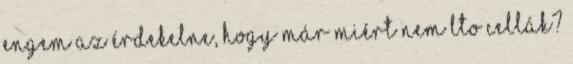
Engem az érdekelne, hogy már miért nem LTO cellák?